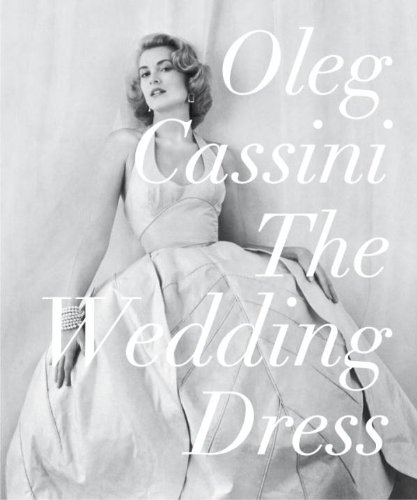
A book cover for The Wedding Dress; Oleg Cassini; Crafts, Hobbies & Home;